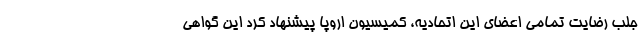
جلب رضایت تمامی اعضای این اتحادیه، کمیسیون اروپا پیشنهاد کرد این گواهی